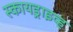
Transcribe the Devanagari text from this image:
स्कायड्राइव्ह